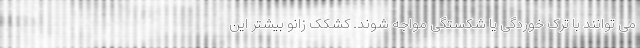
می توانند با ترک خوردگی یا شکستگی مواجه شوند. کشکک زانو بیشتر این